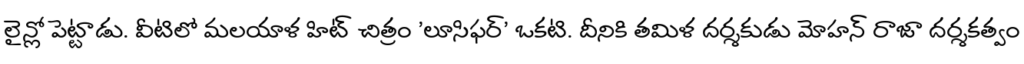
లైన్లో పెట్టాడు. వీటిలో మలయాళ హిట్ చిత్రం 'లూసిఫర్' ఒకటి. దీనికి తమిళ దర్శకుడు మోహన్ రాజా దర్శకత్వం